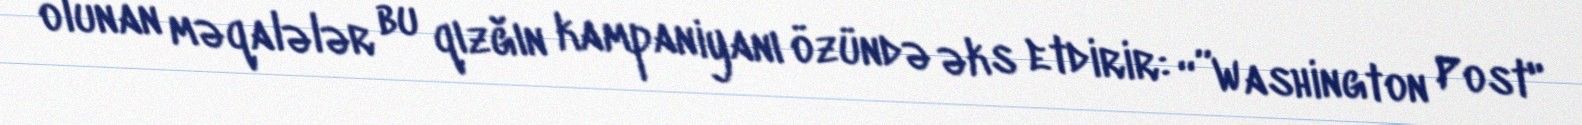
olunan məqalələr bu qızğın kampaniyanı özündə əks etdirir: “”Washington Post"